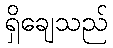
ရှိချေသည်